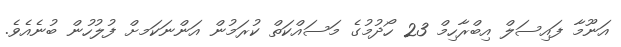
އަނޫމާ ފައިސަލް އިބްރާހިމް 23 ހޯދުމުގެ މަސައްކަތް ކުރަމުން އަންނަކަމށް ފުލުހުން ބުނެއެވެ.